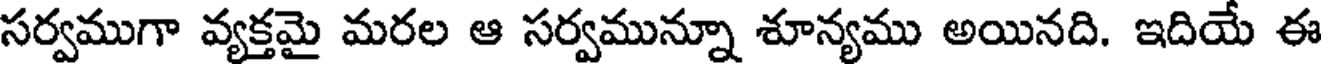
సర్వముగా వ్యక్తమై మరల ఆ సర్వమున్నూ శూన్యము అయినది. ఇదియే ఈ